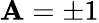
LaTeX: \mathbf{A}=\pm1